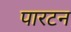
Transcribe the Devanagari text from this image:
पारटन